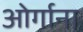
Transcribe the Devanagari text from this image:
ओर्गाना